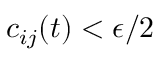
c _ { i j } ( t ) < \epsilon / 2